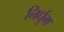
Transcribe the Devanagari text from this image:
निर्धुम